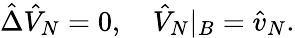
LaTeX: \hat{\Delta}{\hat{V}_{N}}=0,\quad{\hat{V}_{N}}{|_{B}}={\hat{v}_{N}}.